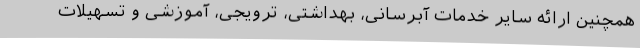
همچنین ارائه سایر خدمات آبرسانی، بهداشتی، ترویجی، آموزشی و تسهیلات